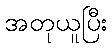
အတုယူပြီး